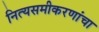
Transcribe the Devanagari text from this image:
नित्यसमीकरणांचा